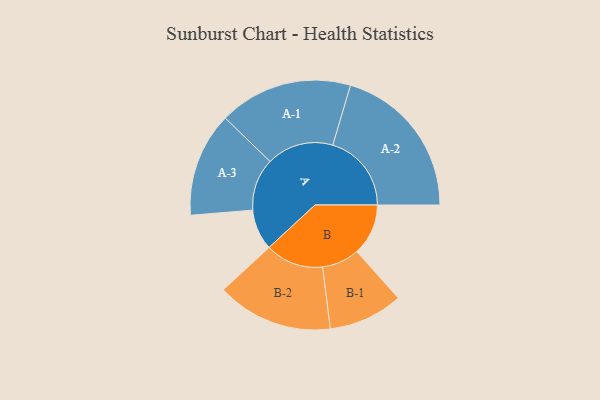
{"axis": {"x": "Segment", "y": "Value"}, "legend": ["", "A", "B"], "data": [{"x": "A", "y": 117, "type": ""}, {"x": "B", "y": 148, "type": ""}, {"x": "A-1", "y": 192, "type": "A"}, {"x": "A-2", "y": 226, "type": "A"}, {"x": "A-3", "y": 150, "type": "A"}, {"x": "B-1", "y": 107, "type": "B"}, {"x": "B-2", "y": 167, "type": "B"}]}